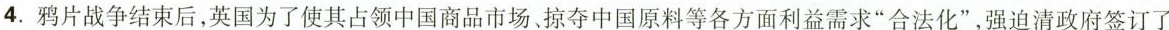
4.鸦片战争结束后，英国为了使其占领中国商品市场、掠夺中国原料等各方面利益需求“合法化”，强迫清政府签订了